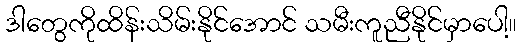
ဒါတွေကိုထိန်းသိမ်းနိုင်အောင် သမီးကူညီနိုင်မှာပေါ့။